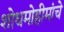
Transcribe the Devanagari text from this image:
शोधमोहीमांचे